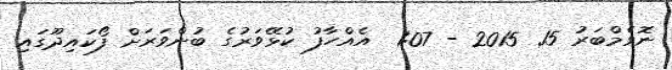
ނޮވެމްބަރު 15